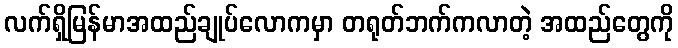
လက်ရှိမြန်မာအထည်ချုပ်လောကမှာ တရုတ်ဘက်ကလာတဲ့ အထည်တွေကို